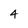
Character: 4